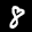
Label: 8